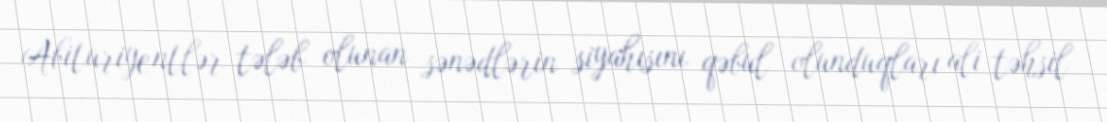
Abituriyentlər tələb olunan sənədlərin siyahısını qəbul olunduqları ali təhsil